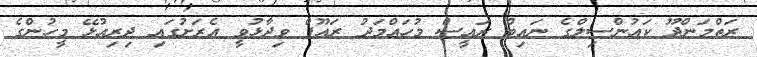
ރަތްމަންދޫ ކައުންސިލްގެ ނައިބް ރައީސް މުހައްމަދު ރައޫފް ވިދާޅުވީ އެރަށުގައި ދިިރިއުޅޭ މީހުންގެ